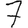
Digit: 7